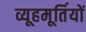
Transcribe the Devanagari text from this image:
व्यूहमूर्तियों